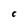
Character: C